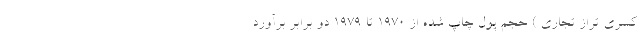
کسری تراز تجاری ) حجم پول چاپ شده از 1970 تا 1979 دو برابر برآورد